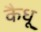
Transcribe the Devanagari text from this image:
कैधू